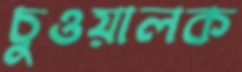
চুওয়ালক